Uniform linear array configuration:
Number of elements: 48
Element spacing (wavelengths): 1
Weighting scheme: kaiser
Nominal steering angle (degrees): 0
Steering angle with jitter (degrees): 0.9577
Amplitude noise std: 0.05
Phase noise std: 0.05

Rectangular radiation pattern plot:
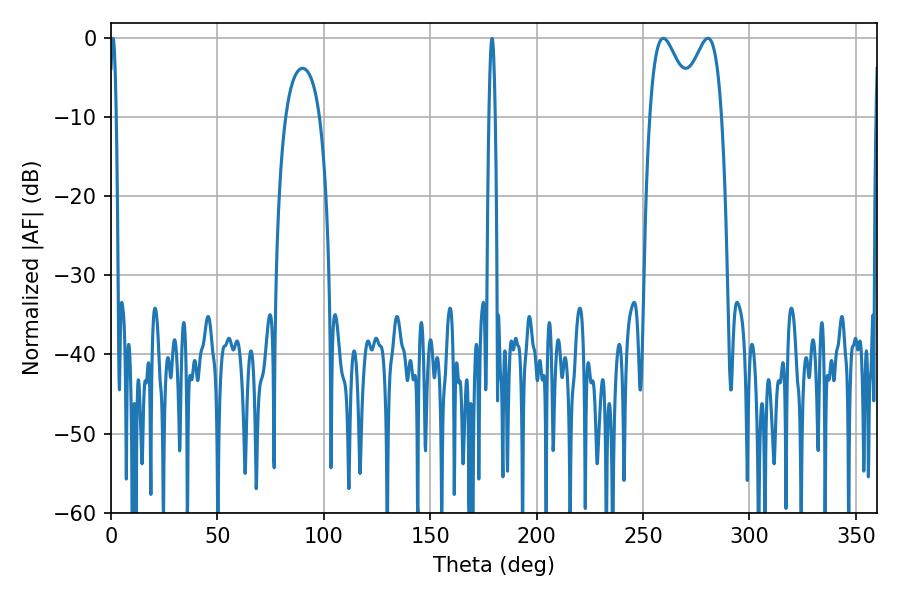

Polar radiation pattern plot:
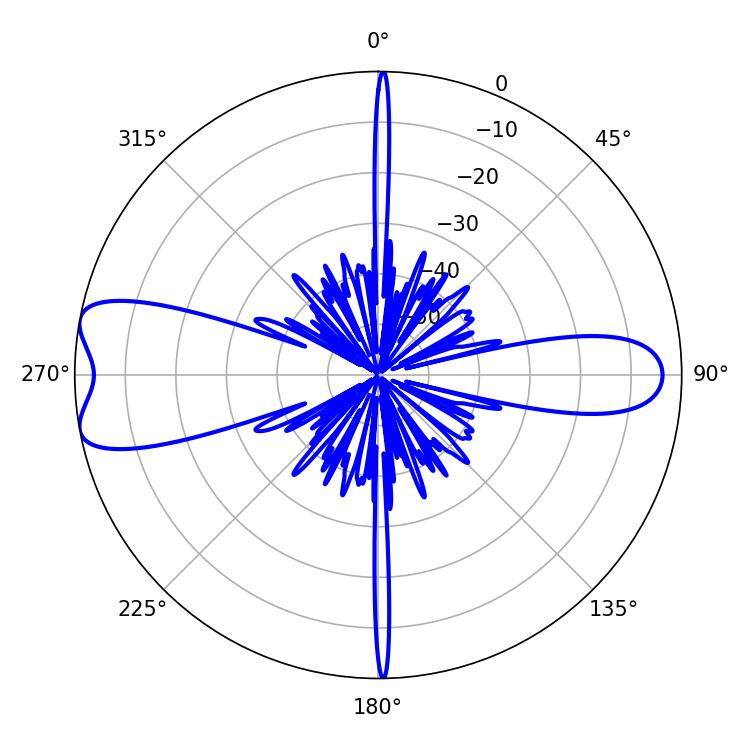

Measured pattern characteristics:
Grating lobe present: TRUE
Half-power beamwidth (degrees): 10.98
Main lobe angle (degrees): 259.56